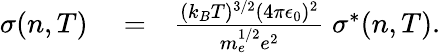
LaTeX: \begin{array}{rlr}{\sigma(n,T)}&{{}=}&{\frac{(k_{B}T)^{3/2}(4\pi\epsilon_{0})^{2}}{m_{e}^{1/2}e^{2}}\; \sigma^{*}(n,T).}\end{array}